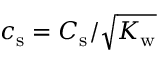
{ c _ { \mathrm { s } } = C _ { \mathrm { s } } / \sqrt { K _ { \mathrm { w } } } }